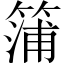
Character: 䈬